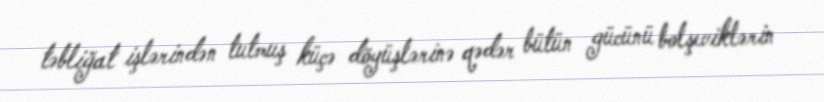
təbliğat işlərindən tutmuş küçə döyüşlərinə qədər bütün gücünü bolşeviklərin